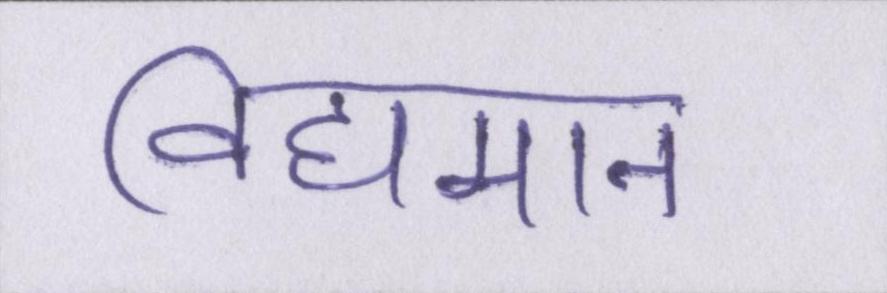
विद्यमान